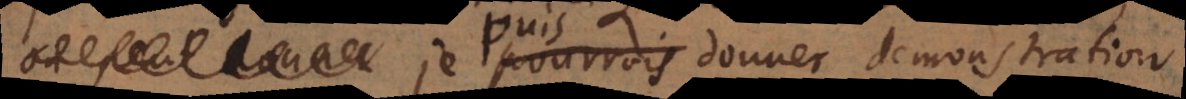
je pourrois donner demonstration